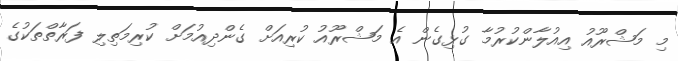
މި މަޝްރޫއު އިއުލާންކުރުމާ ގުޅިގެން އެ މަޝްރޫއު ކުރިއަށް ގެންދިއުމަށް ކުރިމަތިލި ފަރާތްތަކުގެ